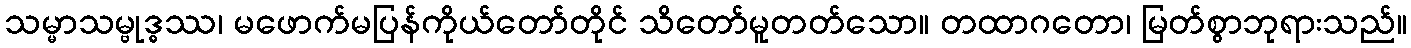
သမ္မာသမ္ဗုဒ္ဓဿ၊ မဖောက်မပြန်ကိုယ်တော်တိုင် သိတော်မူတတ်သော။ တထာဂတော၊ မြတ်စွာဘုရားသည်။